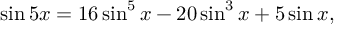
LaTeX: \sin 5 x = 1 6 \sin ^ { 5 } x - 2 0 \sin ^ { 3 } x + 5 \sin x ,